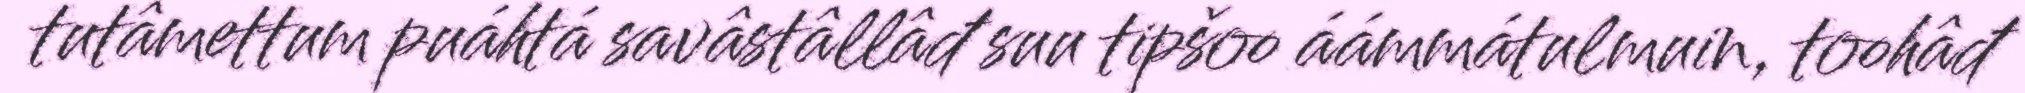
tutâmettum puáhtá savâstâllâđ suu tipšoo áámmátulmuin, toohâđ